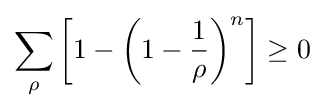
\sum _{\rho }\left[1-\left(1-{\frac {1}{\rho }}\right)^{n}\right]\geq 0